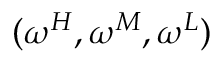
( \omega ^ { H } , \omega ^ { M } , \omega ^ { L } )